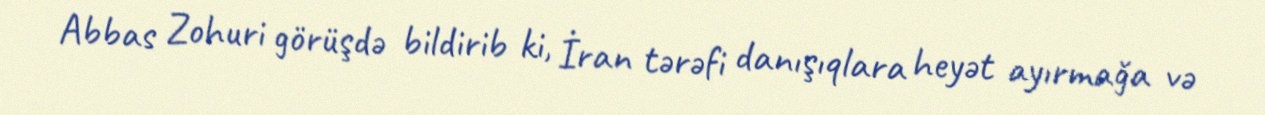
Abbas Zohuri görüşdə bildirib ki, İran tərəfi danışıqlara heyət ayırmağa və